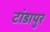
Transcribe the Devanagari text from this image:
टांडापुर